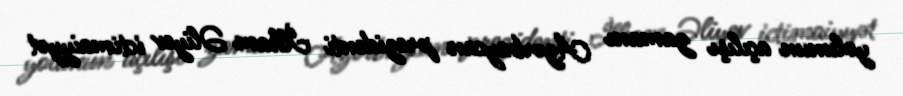
yolunun açılışı zamanı Azərbaycan prezidenti İlham Əliyev ictimaiyyət